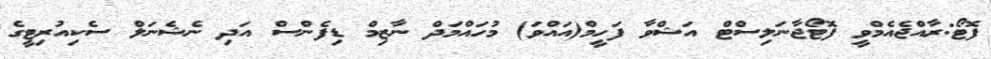
ފޮޓޯ:ރާއްޖެއެމްވީ ފޮޓޯޖާނަލިސްޓް އަޝްވާ ފަހީމް(އައްވަ) މުހައްމަދް ނާޒިމް ޑިފެންސް އަދި ނެޝެނަލް ސެކިއުރިޓީގެ